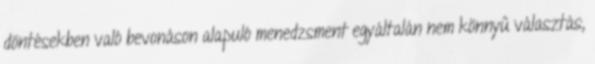
döntésekben való bevonáson alapuló menedzsment egyáltalán nem könnyű választás,